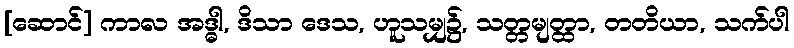
[ဆောင်] ကာလ အဒ္ဓါ, ဒိသာ ဒေသ, ဟူသမျှ၌, သတ္တမျတ္ထာ, တတိယာ, သက်ပါ